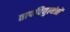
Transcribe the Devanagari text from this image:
तापविद्युत्यंत्रों